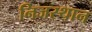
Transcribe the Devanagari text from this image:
निजस्थान